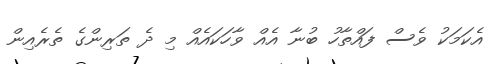
އެކަމަކު ވެސް ފައްތާހު ބުނާ އެއް ވާހަކައެއް މި ދެ ތަރިންގެ ތެރެއިން